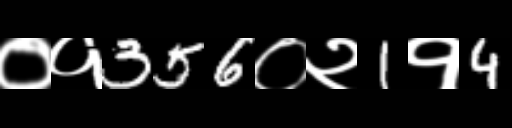
Text: ०१356०२1१4